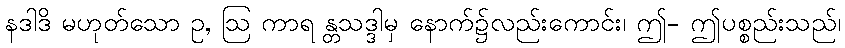
နဒါဒိ မဟုတ်သော ဥ, ဩ ကာရ န္တသဒ္ဒါမှ နောက်၌လည်းကောင်း၊ ဤ- ဤပစ္စည်းသည်၊